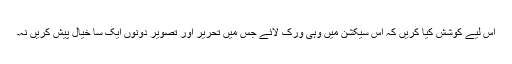
اس لیے کوشش کیا کریں کہ اس سیکشن میں وہی ورک لائے جس میں تحریر اور تصویر دونوں ایک سا خیال پیش کریں نہ۔